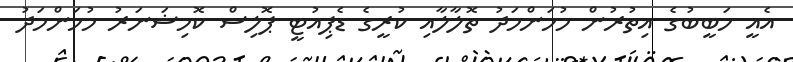
އެއީ ހަބީބުގެ އިތުރުން މުހަންމަދު ތޮލާލާއި ކުރީގެ ޑެޕިއުޓީ ޕޮލިސް ކޮމިޝަނަރު މުހަންމަދު